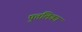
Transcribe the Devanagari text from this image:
पुत्तलिका